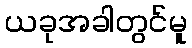
ယခုအခါတွင်မူ